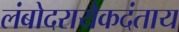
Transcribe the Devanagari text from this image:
लंबोदरायैकदंताय